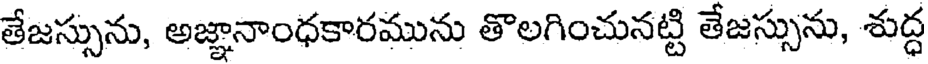
తేజస్సును, అజ్ఞానాంధకారమును తొలగించునట్టి తేజస్సును, శుద్ధ